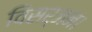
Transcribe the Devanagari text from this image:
विसर्जन।